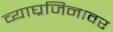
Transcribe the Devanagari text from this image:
व्याघ्रजिनावर